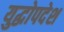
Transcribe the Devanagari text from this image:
युद्धोपदेश